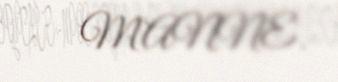
MANNE